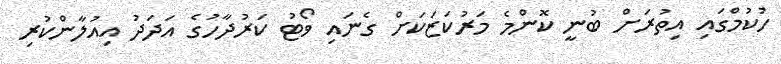
ހުކުމްގައި އިތުރަށް ބުނީ ކޮންމެ މަރުކަޒަކަށް ގެނައި ވޯޓު ކަރުދާހުގެ އަދަދު އިއުލާންކުރި